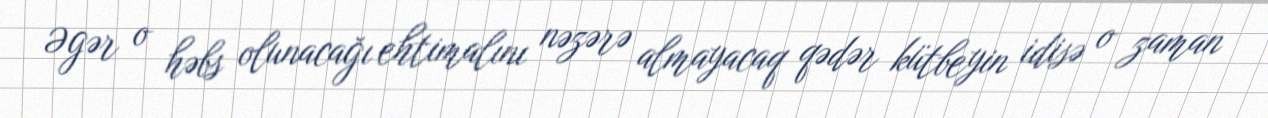
Əgər o həbs olunacağı ehtimalını nəzərə almayacaq qədər kütbeyin idisə o zaman